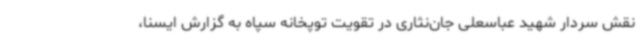
نقش سردار شهید عباسعلی جان‌نثاری در تقویت توپخانه سپاه به گزارش ایسنا،